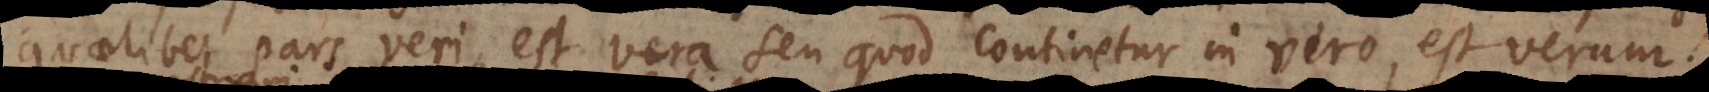
quaelibet pars veri est vera seu quod continetur in vero, est verum.